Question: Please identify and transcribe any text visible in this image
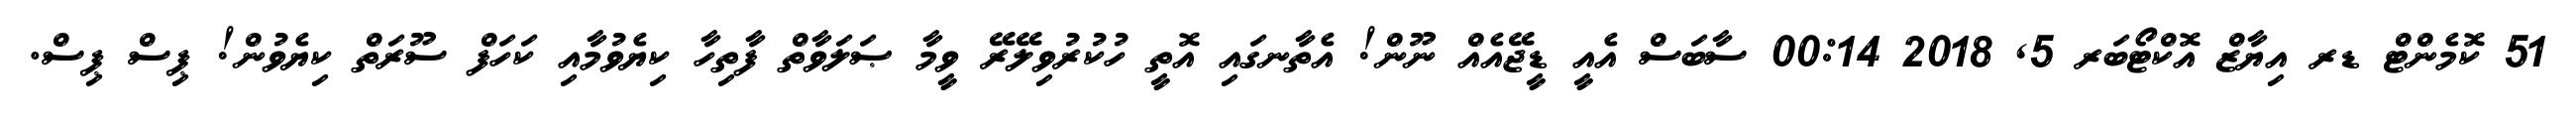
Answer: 51 ކޮމެންޓް ޑރ އިޔާޒް އޮކްޓޯބަރ 5, 2018 00:14 ސާބަސް އެއީ ޑީޖޭއެއް ނޫން! އެތާނގައި އޮތީ ހުކުރުވިލޭރޭ ވީމާ ޞަލަވާތް ފާތިހާ ކިޔެވުމާއި ކަހަފް ސޫރަތް ކިޔެވުން! ޕިސް ޕިސް.